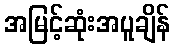
အမြင့်ဆုံးအပူချိန်